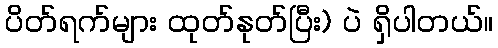
ပိတ်ရက်များ ထုတ်နုတ်ပြီး) ပဲ ရှိပါတယ်။